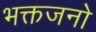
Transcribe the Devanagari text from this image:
भक्तजनो